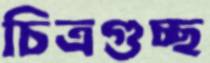
চিত্রগুচ্ছ